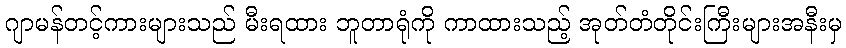
ဂျာမန်တင့်ကားများသည် မီးရထား ဘူတာရုံကို ကာထားသည့် အုတ်တံတိုင်းကြီးများအနီးမှ